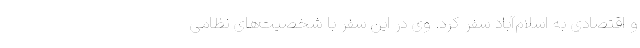
و اقتصادی به اسلام‌آباد سفر کرد. وی در این سفر با شخصیت‌های نظامی